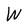
Character: W